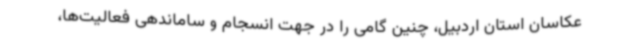
عکاسان استان اردبیل، چنین گامی را در جهت انسجام و ساماندهی فعالیت‌ها،